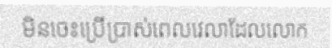
មិនចេះប្រើប្រាស់ពេលវេលាដែលលោក